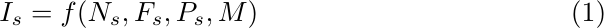
\begin{equation}
\label{eq:1}
    I_s = f(N_s, F_s, P_s, M)
\end{equation}